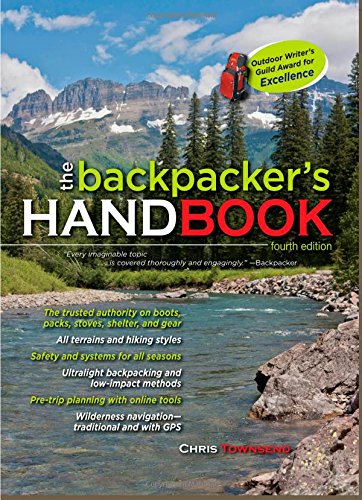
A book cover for The Backpacker's Handbook, 4th Edition; Chris Townsend; Health, Fitness & Dieting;